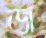
জ